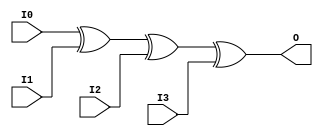
// $Header: /devl/xcs/repo/env/Databases/CAEInterfaces/verunilibs/data/unisims/XOR4.v,v 1.5.158.1 2007/03/09 18:13:21 patrickp Exp $
///////////////////////////////////////////////////////////////////////////////
// Copyright (c) 1995/2004 Xilinx, Inc.
// All Right Reserved.
///////////////////////////////////////////////////////////////////////////////
//   ____  ____
//  /   /\/   /
// /___/  \  /    Vendor : Xilinx
// \   \   \/     Version : 8.1i (I.13)
//  \   \         Description : Xilinx Functional Simulation Library Component
//  /   /                  4-input XOR Gate
// /___/   /\     Filename : XOR4.v
// \   \  /  \    Timestamp : Thu Mar 25 16:43:42 PST 2004
//  \___\/\___\
//
// Revision:
//    03/23/04 - Initial version.
// End Revision

`timescale  100 ps / 10 ps


module XOR4 (O, I0, I1, I2, I3);

    output O;

    input  I0, I1, I2, I3;

	xor X1 (O, I0, I1, I2, I3);


endmodule